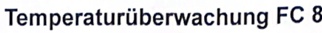
Text: Temperaturüberwachung FC 8